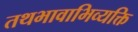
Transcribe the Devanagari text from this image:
तथभावाभिव्यक्ति